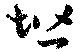
階